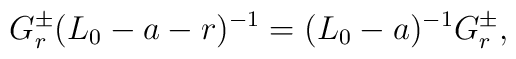
G^\pm_r(L_0-a-r)^{-1}=(L_0-a)^{-1}G^\pm_r ,